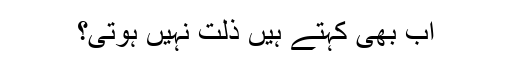
اب بھی کہتے ہیں ذلت نہیں ہوتی؟